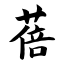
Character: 蓓